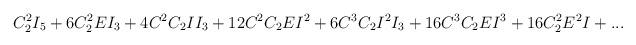
LaTeX: \begin{align*}C_2^2I_5+6C_2^2EI_3+4C^2C_2II_3+12C^2C_2EI^2+6C^3C_2I^2I_3+16C^3C_2EI^3+16C_2^2E^2I+...\end{align*}